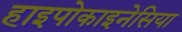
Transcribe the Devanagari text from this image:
हाइपोकाइनेसिया